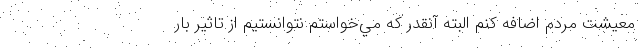
معيشت مردم اضافه كنم البته آنقدر كه مي‌خواستم نتوانستيم از تاثير بار